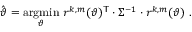
\hat { \boldsymbol \vartheta } = \underset { \boldsymbol \vartheta } { \mathrm { a r g m i n } } \ r ^ { k , m } ( \boldsymbol \vartheta ) ^ { \mathsf { T } } \cdot \Sigma ^ { - 1 } \cdot r ^ { k , m } ( \boldsymbol \vartheta ) \ .